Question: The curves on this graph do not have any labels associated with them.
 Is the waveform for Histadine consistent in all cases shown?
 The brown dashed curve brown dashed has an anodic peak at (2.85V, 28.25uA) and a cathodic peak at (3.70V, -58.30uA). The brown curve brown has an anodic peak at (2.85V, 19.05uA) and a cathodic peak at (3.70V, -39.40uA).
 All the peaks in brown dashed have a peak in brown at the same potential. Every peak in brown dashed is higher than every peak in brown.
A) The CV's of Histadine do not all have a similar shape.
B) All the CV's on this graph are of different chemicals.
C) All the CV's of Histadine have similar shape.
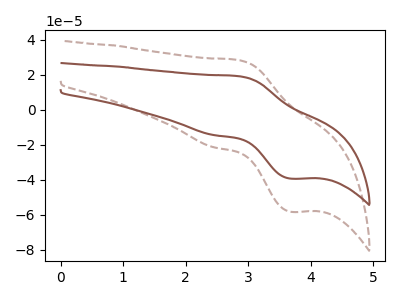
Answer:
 <answer>C) All the CV's of "Histadine" have similar shape.</answer>
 <eval>C</eval>